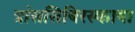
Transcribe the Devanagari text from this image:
त्रांससिबिरस्काया